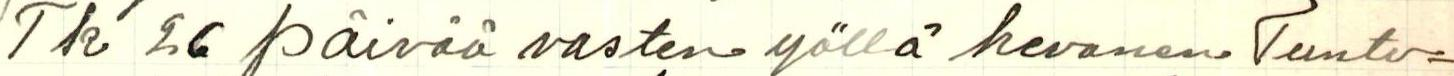
Tk 26 päivää vasten yöllä hevonen. Tunto=